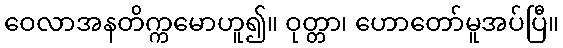
ဝေလာအနတိက္ကမောဟူ၍။ ဝုတ္တာ၊ ဟောတော်မူအပ်ပြီ။